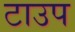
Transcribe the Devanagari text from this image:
टाउप